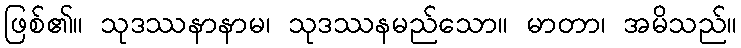
ဖြစ်၏။ သုဒဿနာနာမ၊ သုဒဿနမည်သော။ မာတာ၊ အမိသည်။